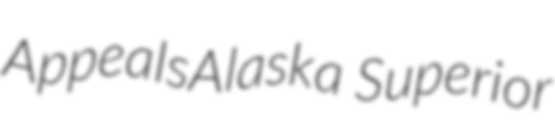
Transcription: AppealsAlaska Superior